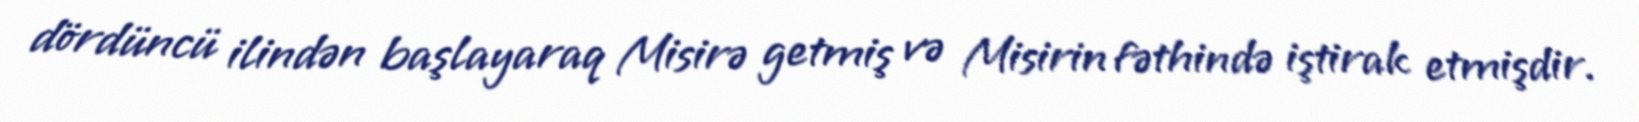
dördüncü ilindən başlayaraq Misirə getmiş və Misirin fəthində iştirak etmişdir.